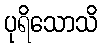
ပုရိသောသိ